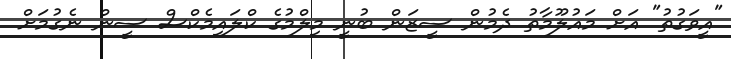
"އީވަގުތު" އަށް މައުލޫމާތު ދެމުން ސީޒަން ބުނީ މިލްމުގެ ކްލައިމެކްސް ސީން ނެގުމަށް